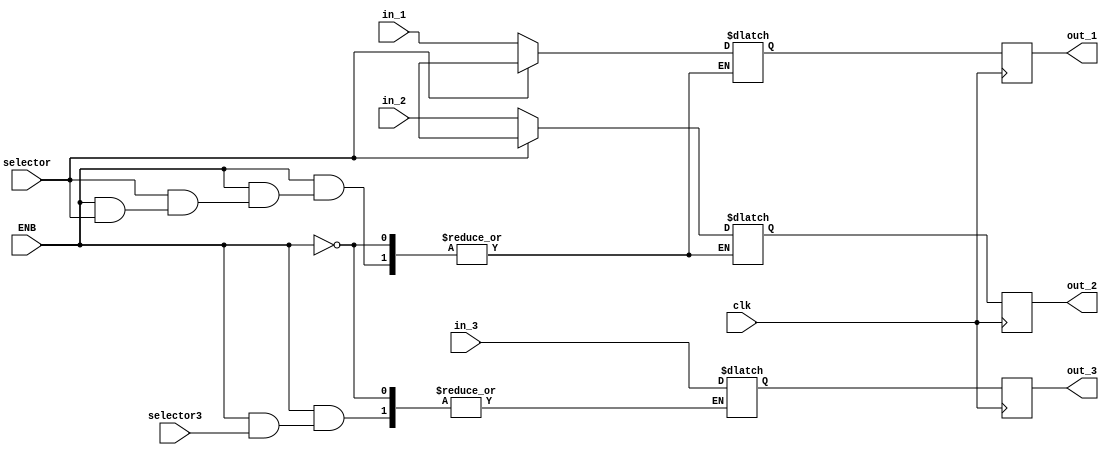
module translater(ENB, clk, in_1, in_2, in_3, selector, selector3, out_1, out_2, out_3);

	input wire ENB, clk, selector, selector3;
	input wire [6:0] in_1, in_2;
	input wire [31:0] in_3;
	output reg [6:0] out_1, out_2;
	output reg [31:0] out_3;
	reg [6:0] mux1, mux2;
	reg [31:0] mux3;

	always @(*)
	begin
		if(ENB==1) 
		begin
			if(selector==0) 
			begin
				mux1 = in_1;
				mux2 = in_2;
			end 
			else if (selector==1)
			begin
				mux1 = mux1;
				mux2 = mux2;
			end
			if(selector3==0) 
				begin
				mux3=in_3;
				end 
			else
			begin
				mux3=mux3;
			end
		end
		else 
			begin
				mux1=mux1;
				mux2=mux2;
				mux3=mux3;
			end
	end
	
	always @(posedge clk) 
		begin
			out_1<=mux1;
			out_2<=mux2;
			out_3<=mux3;
		end

endmodule